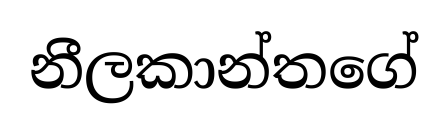
නීලකාන්තගේ